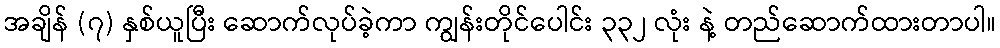
အချိန် (၇) နှစ်ယူပြီး ဆောက်လုပ်ခဲ့ကာ ကျွန်းတိုင်ပေါင်း ၃၃၂ လုံး နဲ့ တည်ဆောက်ထားတာပါ။